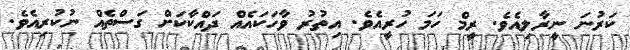
ކަރުނަ ނީރާލިއެވެ. ރީމް ހަމަ ހުރީއެވެ. އިތުރު ވާހަކައެއް ދައްކާކަށް ގަސްތެއް ނުކުރިއެވެ.